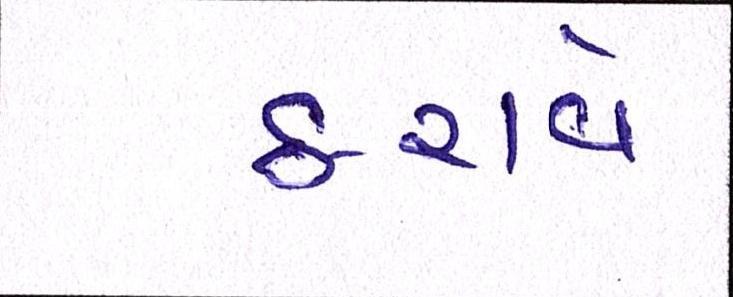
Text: ઠરાવે